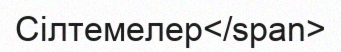
Сілтемелер</span>